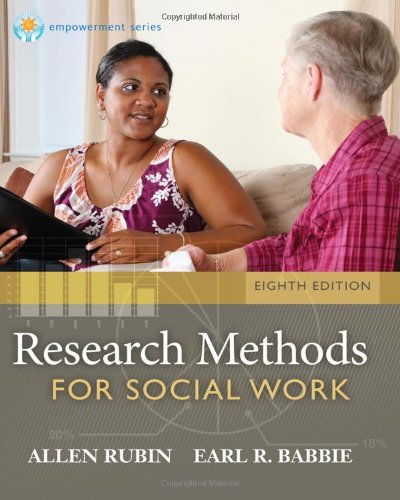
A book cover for Research Methods for Social Work, 8th Edition (Brooks/Cole Empowerment Series); Allen Rubin; Politics & Social Sciences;